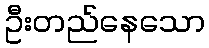
ဦးတည်နေသော